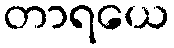
တာရယေ